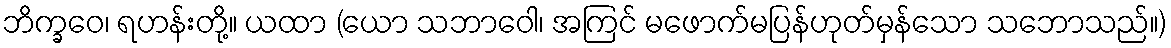
ဘိက္ခဝေ၊ ရဟန်းတို့။ ယထာ (ယော သဘာဝေါ၊ အကြင် မဖောက်မပြန်ဟုတ်မှန်သော သဘောသည်။)